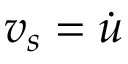
\boldsymbol { v } _ { s } = \dot { \boldsymbol { u } }